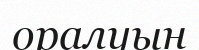
оралуын